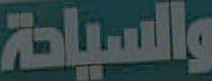
والسياحة